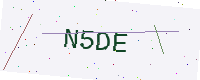
Text: N5DE